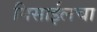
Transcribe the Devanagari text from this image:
मिसाईलचा